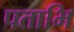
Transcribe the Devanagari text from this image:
पताभि